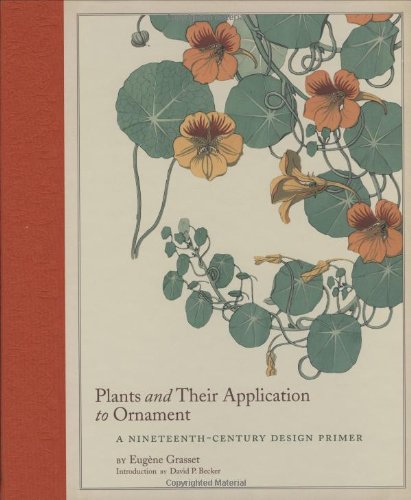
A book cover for Plants and Their Application to Ornament: A Nineteenth-Century Design Primer; EugÃ¨ne Grasset; Arts & Photography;